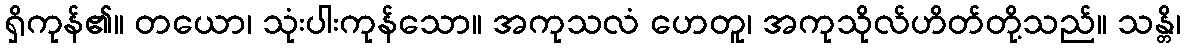
ရှိကုန်၏။ တယော၊ သုံးပါးကုန်သော။ အကုသလံ ဟေတူ၊ အကုသိုလ်ဟိတ်တို့သည်။ သန္တိ၊